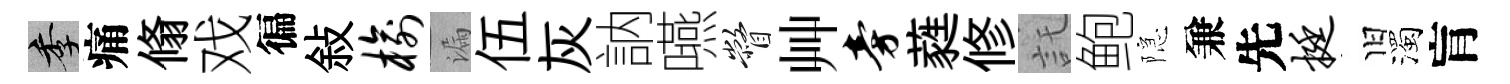
季痛翛戏徧敍榆漏伍灰訥嚥瞥艸旁蕤修託鲍隠兼先挺旧濁肓